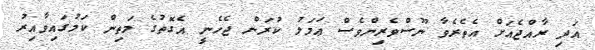
އަދި ރާއްޖެއަށް އެތެރެވާ ނޫސްވެރިންވެސް ޢަމަލު ކުރަން ޖެހެނީ އެގޮތުގެ މަތިން ކަމުގައިވާއިރު